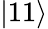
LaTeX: \left|11\right\rangle